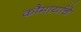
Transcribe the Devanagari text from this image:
कौमार्याचे